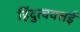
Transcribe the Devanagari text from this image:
हिंदुत्ववत्तई